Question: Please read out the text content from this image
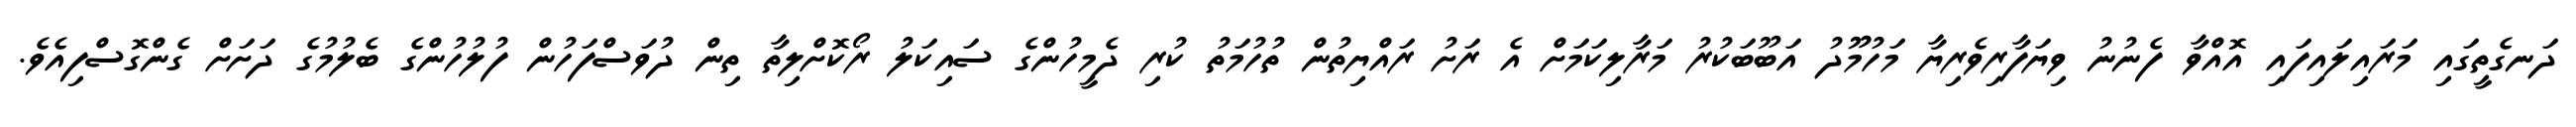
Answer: ދަނގެތީގައި މަރައިލައިފައި އޮއްވާ ފެނުނު ވިޔަފާރިވެރިޔާ މަހުމޫޫދު އަބޫބަކުރު މަރާލިކަމަށް އެ ރަށު ރައްޔިތުން ތުހުމަތު ކުރި ދެމީހުންގެ ސައިކަލު ރޯކޮށްލިތާ ތިން ދުވަސްފަހުން ފުލުހުންގެ ބެލުމުގެ ދަށަށް ގެންގޮސްފިއެވެ.